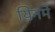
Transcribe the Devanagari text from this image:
यिनमे